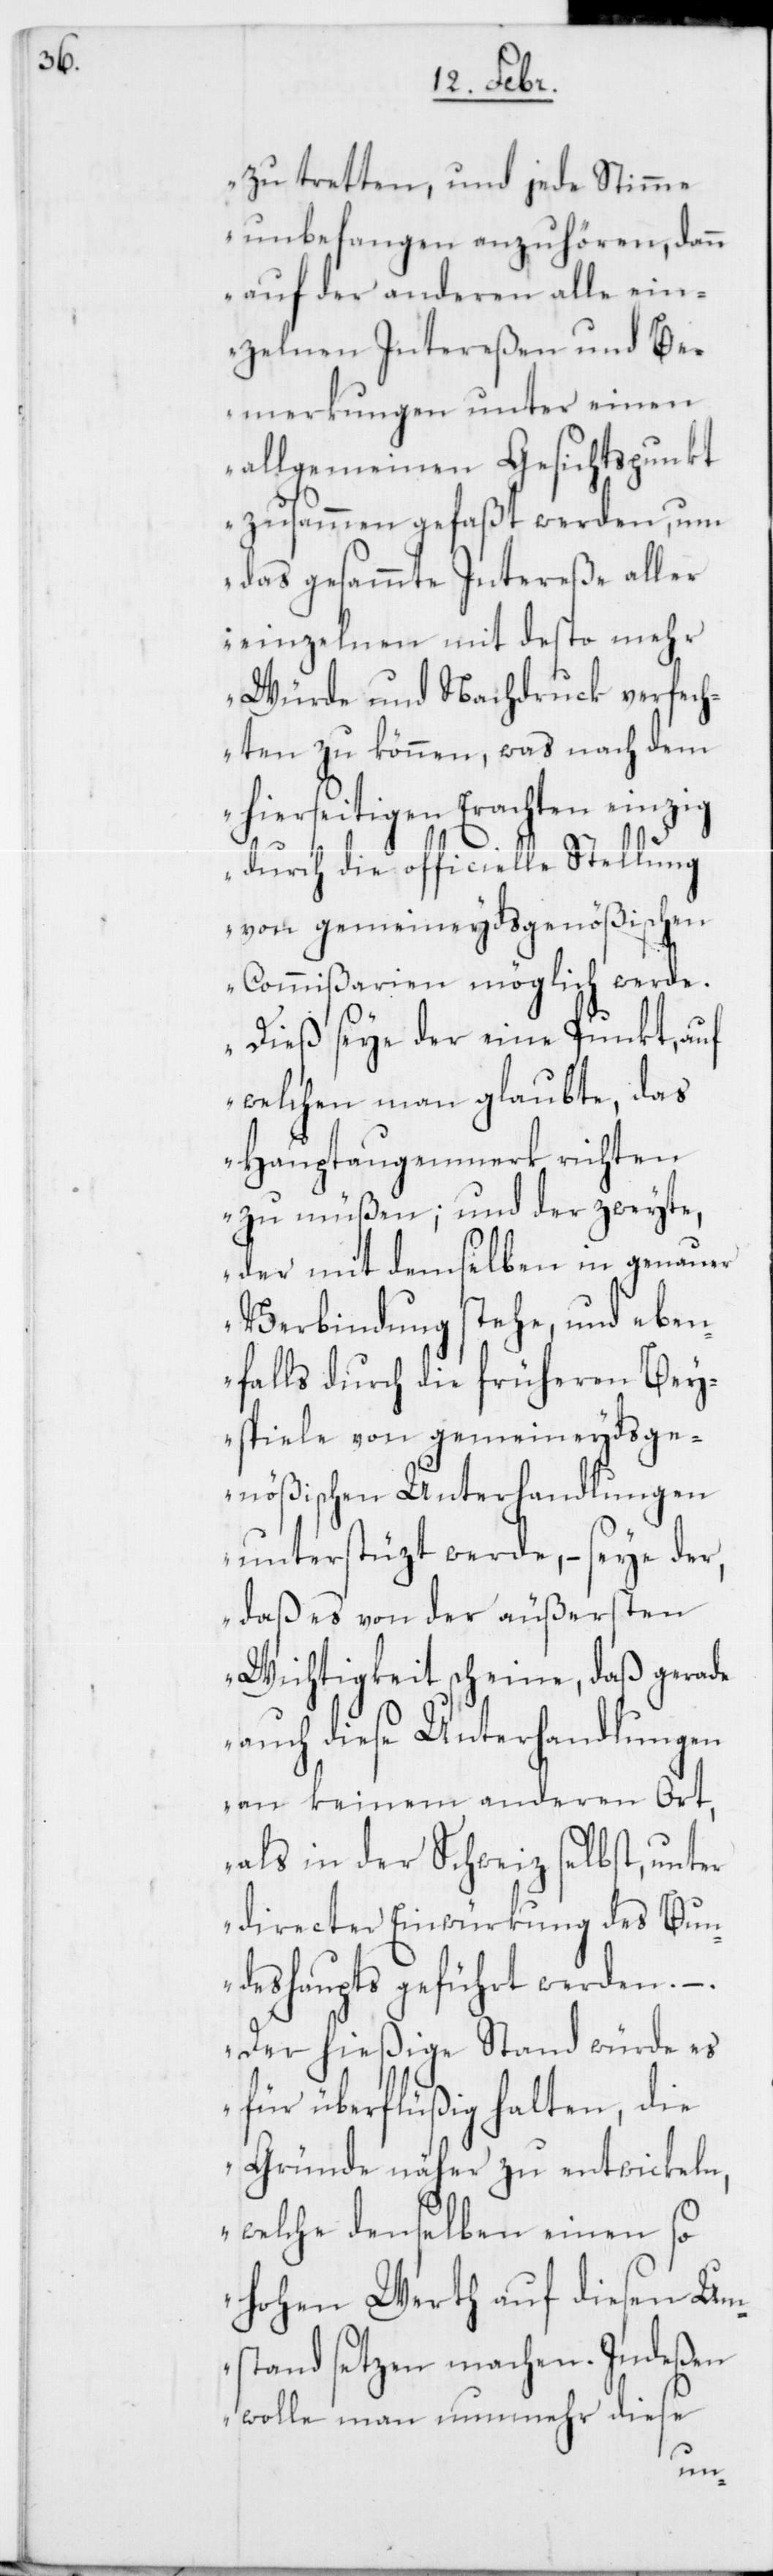
zu tretten, und jede Stimme
unbefangen anzuhören, dann
auf der anderen alle ein¬
zelnen Intereßen und Be¬
merkungen unter einen
allgemeinen Gesichtspunkt
zusammen gefaßt werden, um
das gesammte Intereße aller
einzelnen mit desto mehr
Würde und Nachdruck verfech¬
ten zu können, was nach dem
hierseitigen Erachten einzig
durch die officielle Stellung
von gemeineydsgenößischen
Commißarien möglich werde.
Dieß seye der eine Punkt, auf
welchen man glaubte, das
Hauptaugenmerk richten
zu müßen; und der zweyte,
der mit demselben in genauer
Verbindung stehe, und eben¬
falls durch die früheren Bei¬
spiele von gemeineydsge¬
nößischen Unterhandlungen
unterstüzt werde, – seye der,
daß es von der äußersten
Wichtigkeit scheine, daß gerade
auch diese Unterhandlungen
an keinem anderen Ort,
als in der Schweiz selbst, unter
directer Einwürkung des Bun¬
deshaupts geführt werden. – .
Der hießige Stand würde es
für überflüßig halten, die
Gründe näher zu entwickeln,
welche denselben einen so
hohen Werth auf diesen Um¬
stand setzen machen. Indeßen
wolle man nunmehr diese